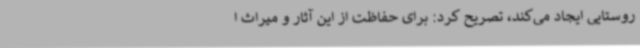
روستایی ایجاد می‌کند، تصریح کرد: برای حفاظت از این آثار و میراث ا